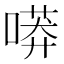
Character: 𠻵